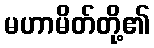
မဟာမိတ်တို့၏